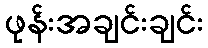
ဖုန်းအချင်းချင်း